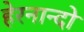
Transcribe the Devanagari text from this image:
हेरनान्दो